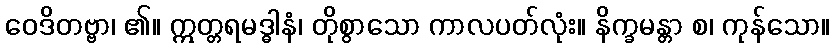
ဝေဒိတဗ္ဗာ၊ ၏။ ဣတ္တရမဒ္ဓါနံ၊ တိုစွာသော ကာလပတ်လုံး။ နိက္ခမန္တာ စ၊ ကုန်သော။